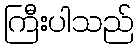
ကြီးပါသည်